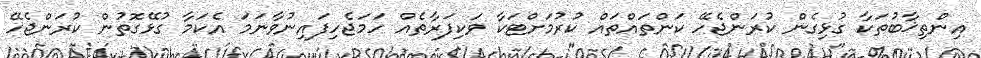
އިންތިޚާބުތަކާ ގުޅިގެން ކުރަންޖެހޭ ކަންތައްތައް ކުރުމަށްޓަކާ ވަކިފަރާތެއް ހަމަޖެހިފައިނުވާނަމަ އެކަމާ ގުޅޭގޮތުން ކުރަންޖެހޭ